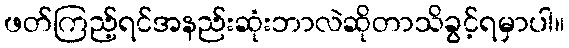
ဖတ်ကြည့်ရင်အနည်းဆုံးဘာလဲဆိုတာသိခွင့်ရမှာပါ။